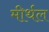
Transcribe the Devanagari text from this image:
मीर्थल